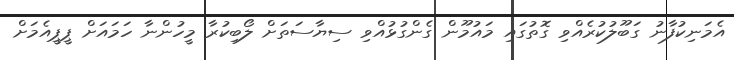
އެމަނިކުފާނު ގަބޫލުކުރެއްވި ގޮތުގައި މައުމޫން ގެންގުޅުއްވި ސިޔާސަތަށް ލޯބިކުރާ މީހުންނާ ހަމައަށް ޕީޕީއެމަށް